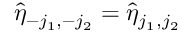
\hat { \eta } _ { - j _ { 1 } , - j _ { 2 } } = \hat { \eta } _ { j _ { 1 } , j _ { 2 } }